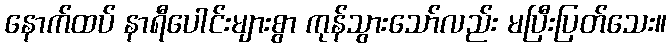
နောက်ထပ် နာရီပေါင်းများစွာ ကုန်သွားသော်လည်း မပြီးပြတ်သေး။